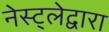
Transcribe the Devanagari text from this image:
नेस्ट्लेद्वारा